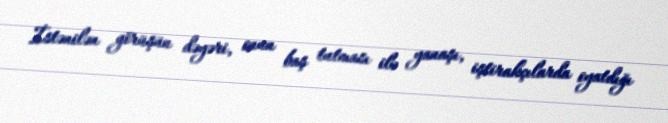
İstənilən görüşün dəyəri, onun baş tutması ilə yanaşı, iştirakçılarda oyatdığı